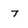
Character: 7